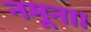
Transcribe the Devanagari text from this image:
नमूना।